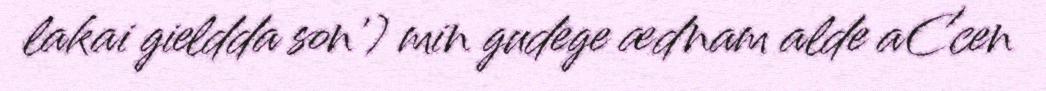
lakai gieldda son') min gudege ædnam alde aCcen